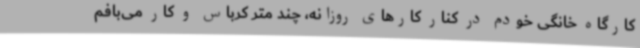
کارگاه خانگی خودم در کنار کارهای روزانه، چند متر کرباس و کار می‌بافم